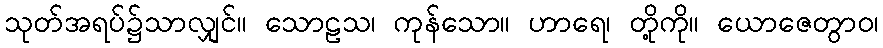
သုတ်အရပ်၌သာလျှင်။ သောဠသ၊ ကုန်သော။ ဟာရေ၊ တို့ကို။ ယောဇေတွာဝ၊